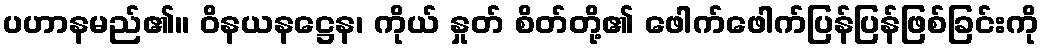
ပဟာနမည်၏။ ဝိနယနဋ္ဌေန၊ ကိုယ် နှုတ် စိတ်တို့၏ ဖေါက်ဖေါက်ပြန်ပြန်ဖြစ်ခြင်းကို